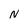
Character: N